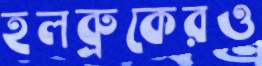
হলব্রুকেরও